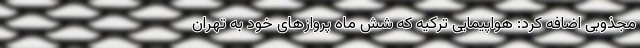
مجذوبی اضافه کرد: هواپیمایی ترکیه که شش ماه پرواز‌های خود به تهران